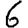
Digit: 6